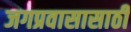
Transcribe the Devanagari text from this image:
जगप्रवासासाठी